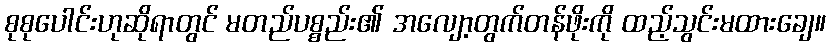
စုစုပေါင်းဟုဆိုရာတွင် မတည်ပစ္စည်း၏ အလျော့တွက်တန်ဖိုးကို ထည့်သွင်းမထားချေ။